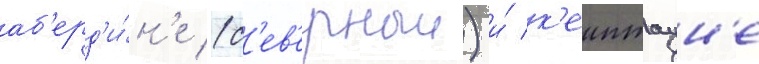
аб'ерд'и́н'е (с'ев'ерныи) и́ к'еиптаун'е